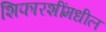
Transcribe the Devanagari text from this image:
शिफारशींमधील